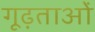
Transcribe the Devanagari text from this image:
गूढ़ताओं